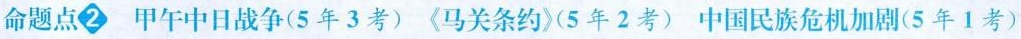
命题点2 甲午中日战争(5年3考) 《马关条约》(5年2考) 中国民族危机加剧(5年1考)